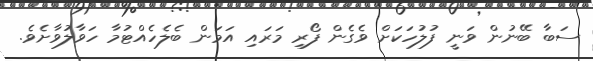
ސަބާ ބޭނުން ވަނީ ފުލުހަކަށް ވެގެން ފޯރި މަރައި އަމަން ބެލެހެއްޓުމާ ހަވާލުވާށެވެ.